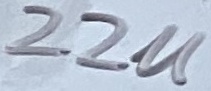
Text: 2.2u